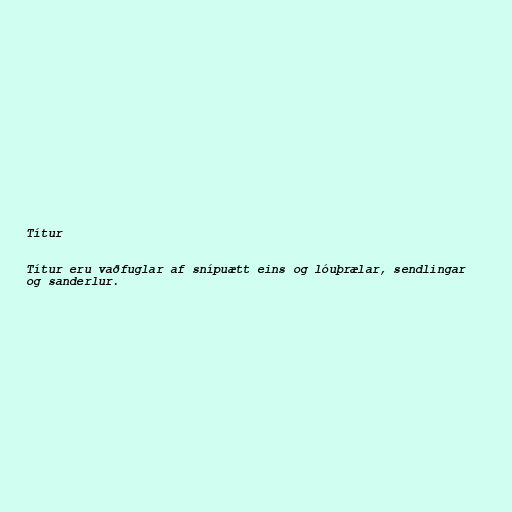
Títur

Títur eru vaðfuglar af snípuætt eins og lóuþrælar, sendlingar
og sanderlur.